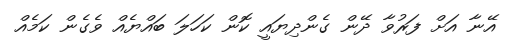
އޭނާ އަށް ފަރުވާ ދޭން ގެންދިޔައީ ކޮން ކަހަލަ ބައްޔެއް ވެގެން ކަމެއް